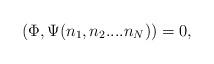
LaTeX: \begin{align*}\left( \Phi ,\Psi (n_{1},n_{2}....n_{N})\right) =0,\quad \\ \end{align*}